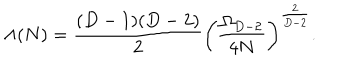
\Lambda ( N ) = { \frac { ( D - 1 ) ( D - 2 ) } { 2 } } \left( { \frac { \Omega _ { D - 2 } } { 4 N } } \right) ^ { \frac { 2 } { D - 2 } } .